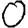
Digit: 0